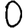
Digit: 0